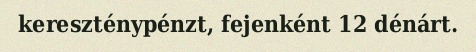
kereszténypénzt, fejenként 12 dénárt.